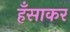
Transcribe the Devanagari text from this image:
हँसाकर